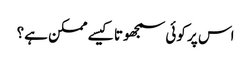
اس پر کوئی سمجھوتا کیسے ممکن ہے؟